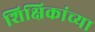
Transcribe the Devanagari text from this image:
शिक्षिकांच्या